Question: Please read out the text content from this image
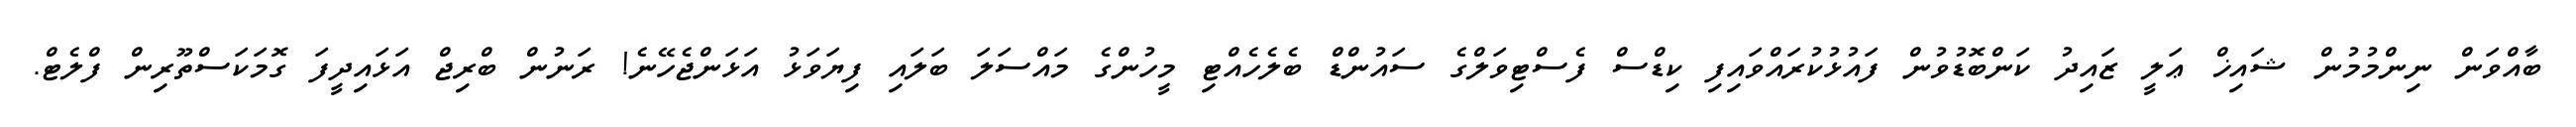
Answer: ބާއްވަން ނިންމުމުން ޝައިޚް ޢަލީ ޒައިދު ކަންބޮޑުވުން ފައުޅުކުރައްވައިފި ކިޑްސް ފެސްޓިވަލްގެ ސައުންޑް ބެލެހެއްޓި މީހުންގެ މައްސަލަ ބަލައި ފިޔަވަޅު އަޅަންޖެހޭނެ! ރަނުން ބްރިޖް އަޅައިދީފަ ގޮމަކަސްތޫރިން ފްލެޓް.